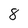
Character: 8